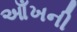
આઁખની